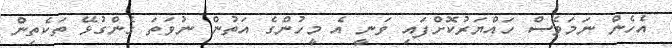
އެހެން ނަމަވެސް ހައްޔަރުކޮށްފައި ވަނީ އެ މީހުންގެ އަތުން ނުވަތަ ގެންގުޅޭ ތަކެތިން